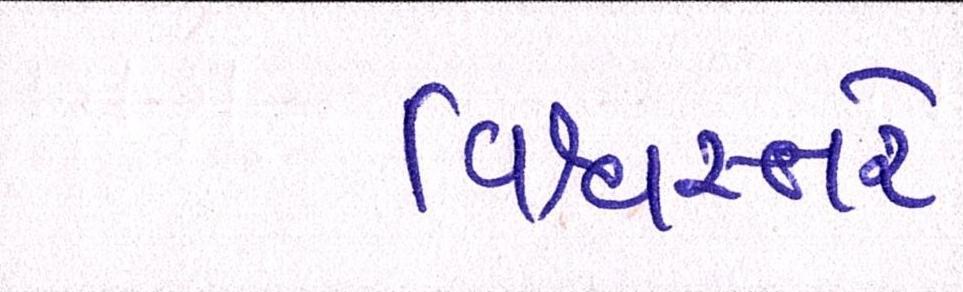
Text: વિશ્વસ્તરે